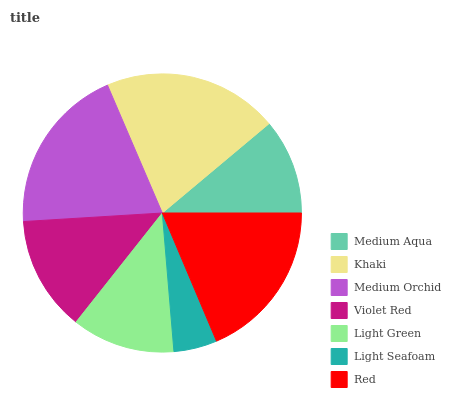
| Medium Aqua | Khaki | Medium Orchid | Violet Red | Light Green | Light Seafoam | Red |
 | --- | --- | --- | --- | --- | --- | --- |
 | 11.1% | 20.4% | 19.6% | 13.4% | 12% | 5.03% | 18.6% |